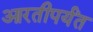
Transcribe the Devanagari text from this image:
आरतीपर्यंत